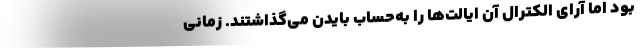
بود اما آرای الکترال آن ایالت‌ها را به‌حساب بایدن می‌گذاشتند. زمانی